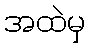
အထဲမှ